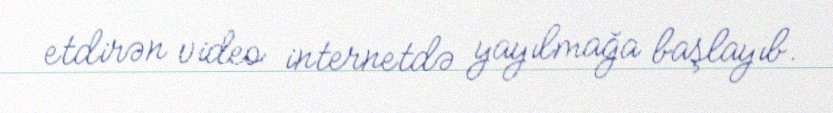
etdirən video internetdə yayılmağa başlayıb.